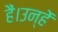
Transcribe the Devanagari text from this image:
हैं।उन्हें